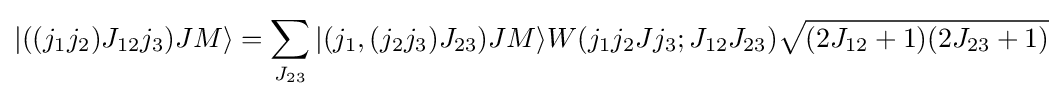
|((j_{1}j_{2})J_{12}j_{3})JM\rangle =\sum _{J_{23}}|(j_{1},(j_{2}j_{3})J_{23})JM\rangle W(j_{1}j_{2}Jj_{3};J_{12}J_{23}){\sqrt {(2J_{12}+1)(2J_{23}+1)}}